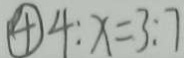
\textcircled { 4 } 4 : x = 3 : 7